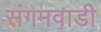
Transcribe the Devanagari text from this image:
संगमवाडी